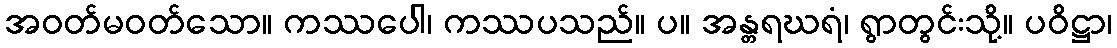
အဝတ်မဝတ်သော။ ကဿပေါ၊ ကဿပသည်။ ပ။ အန္တရဃရံ၊ ရွာတွင်းသို့။ ပဝိဋ္ဌာ၊